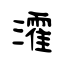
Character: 瀖